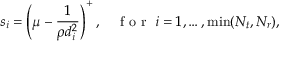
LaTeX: s _ { i } = \left( \mu - { \frac { 1 } { \rho d _ { i } ^ { 2 } } } \right) ^ { + } , \quad { \textrm { f o r } } \, \, i = 1 , \ldots , \operatorname* { m i n } ( N _ { t } , N _ { r } ) ,